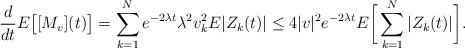
LaTeX: \begin{align*}\frac{d}{dt}E\big[[M_v](t)\big]=\sum_{k=1}^Ne^{-2\lambda t}\lambda^2v_{k}^2E|Z_k(t)|\le4|v|^2e^{-2\lambda t}E\bigg[\sum_{k=1}^N|Z_k(t)|\bigg].\end{align*}